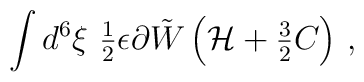
\int d^{6}\xi \  {\textstyle\frac{1}{2}} \epsilon \partial\tilde W\left( {\cal H} +{\textstyle\frac{3}{2}}C\right) \, ,